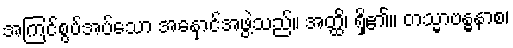
အကြင်စွပ်အပ်သော အနှောင်အဖွဲ့သည်။ အတ္ထိ၊ ရှိ၏။ တသ္မာဗန္ဓနာစ၊